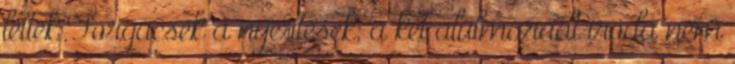
lettek Forgácsék a nyertesek; a két alulmaradt iroda nem